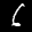
Label: 6